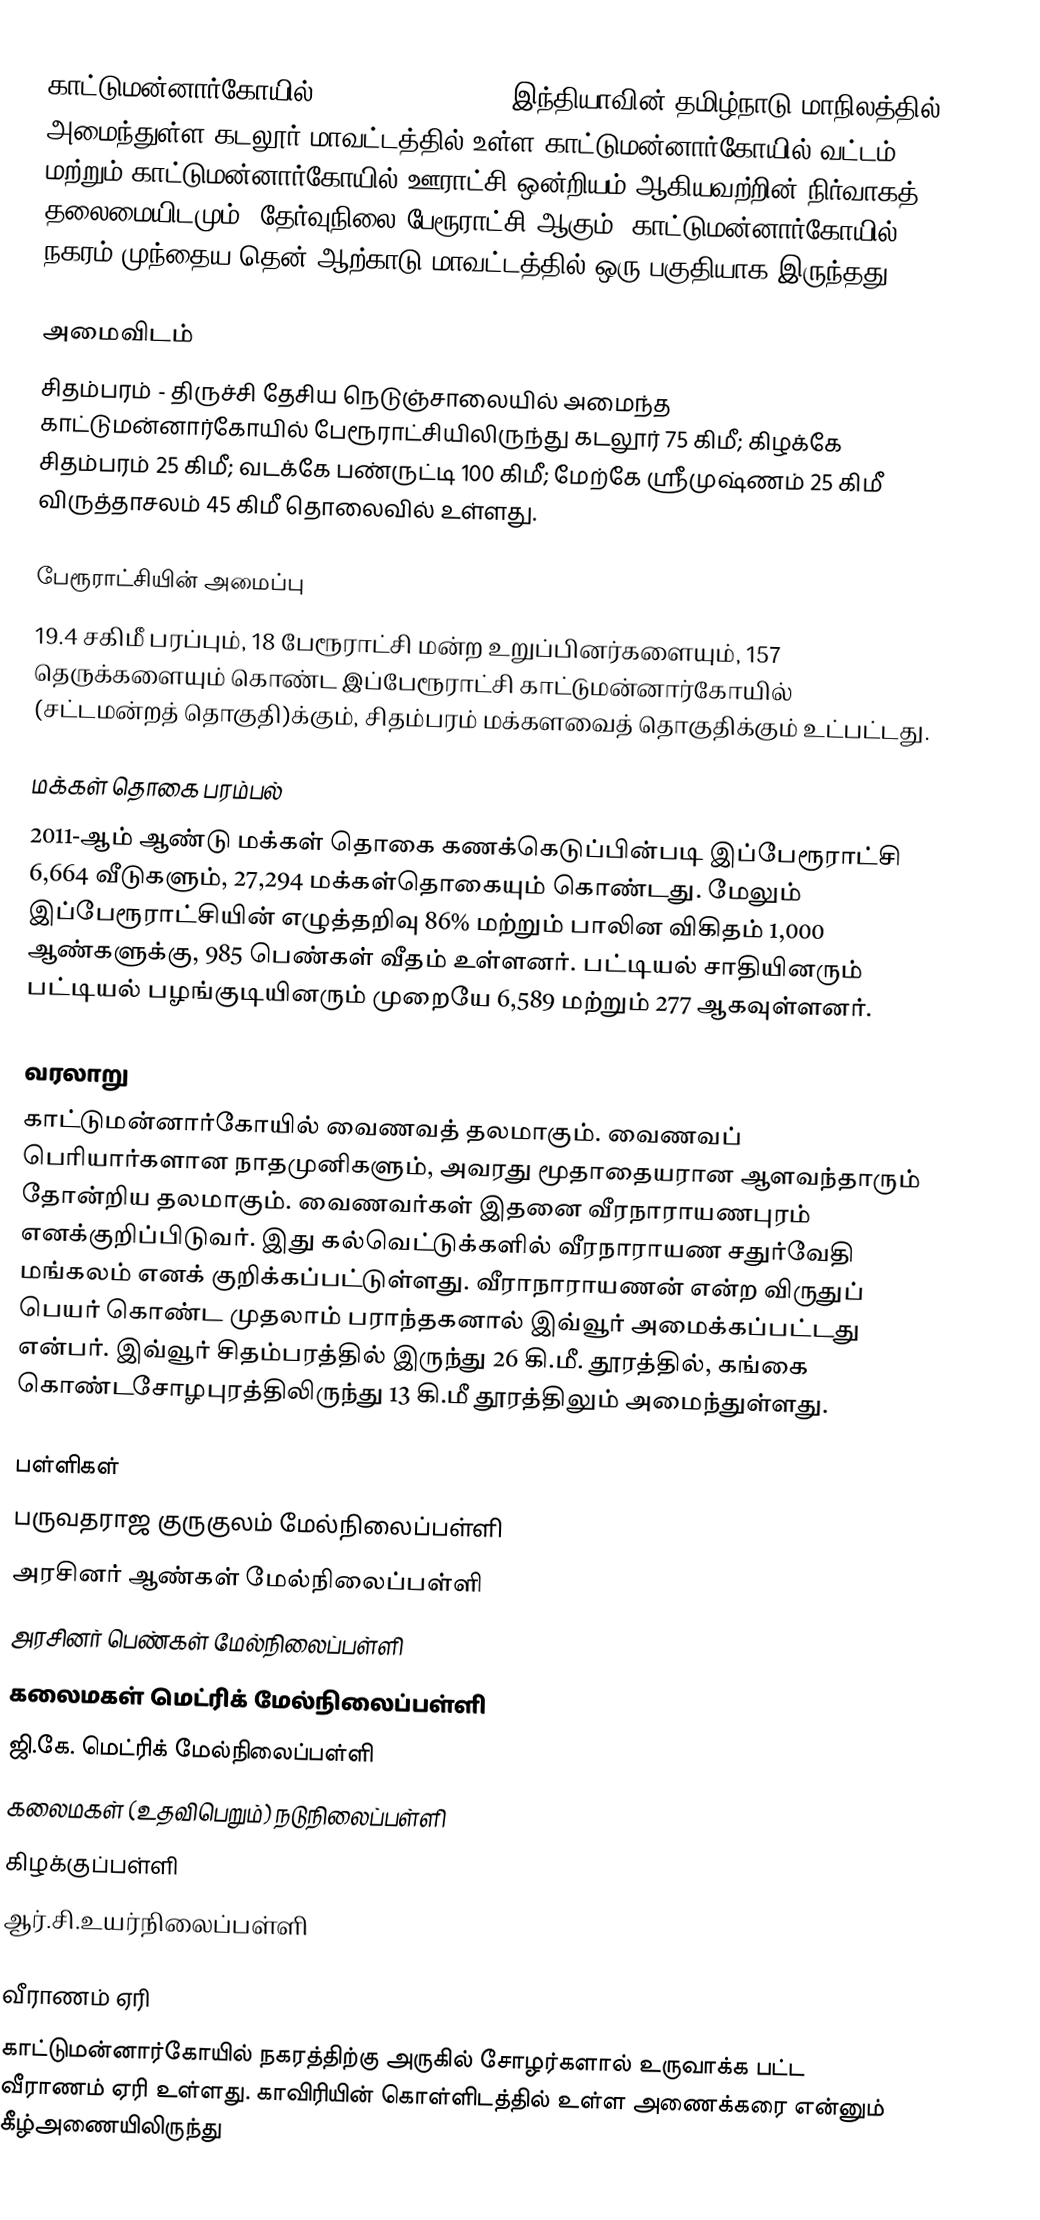
காட்டுமன்னார்கோயில் (Kattumannarkoil), இந்தியாவின் தமிழ்நாடு மாநிலத்தில் அமைந்துள்ள கடலூர் மாவட்டத்தில் உள்ள காட்டுமன்னார்கோயில் வட்டம் மற்றும் காட்டுமன்னார்கோயில் ஊராட்சி ஒன்றியம் ஆகியவற்றின் நிர்வாகத் தலைமையிடமும், தேர்வுநிலை பேரூராட்சி ஆகும். காட்டுமன்னார்கோயில் நகரம் முந்தைய தென் ஆற்காடு மாவட்டத்தில் ஒரு பகுதியாக இருந்தது.

அமைவிடம்
சிதம்பரம் - திருச்சி தேசிய நெடுஞ்சாலையில் அமைந்த காட்டுமன்னார்கோயில் பேரூராட்சியிலிருந்து கடலூர் 75 கிமீ;  கிழக்கே சிதம்பரம் 25 கிமீ; வடக்கே பண்ருட்டி 100 கிமீ; மேற்கே ஸ்ரீமுஷ்ணம் 25 கிமீ விருத்தாசலம் 45 கிமீ தொலைவில் உள்ளது.

பேரூராட்சியின் அமைப்பு
19.4 சகிமீ பரப்பும், 18  பேரூராட்சி மன்ற உறுப்பினர்களையும், 157 தெருக்களையும் கொண்ட  இப்பேரூராட்சி காட்டுமன்னார்கோயில் (சட்டமன்றத் தொகுதி)க்கும், சிதம்பரம் மக்களவைத் தொகுதிக்கும் உட்பட்டது.

மக்கள் தொகை பரம்பல்
2011-ஆம் ஆண்டு மக்கள் தொகை கணக்கெடுப்பின்படி   இப்பேரூராட்சி    6,664  வீடுகளும், 27,294 மக்கள்தொகையும் கொண்டது. மேலும் இப்பேரூராட்சியின் எழுத்தறிவு  86% மற்றும்  பாலின விகிதம் 1,000 ஆண்களுக்கு, 985 பெண்கள் வீதம் உள்ளனர். பட்டியல் சாதியினரும் பட்டியல் பழங்குடியினரும் முறையே  6,589 மற்றும் 277  ஆகவுள்ளனர்.

வரலாறு
காட்டுமன்னார்கோயில்  வைணவத் தலமாகும். வைணவப் பெரியார்களான நாதமுனிகளும், அவரது மூதாதையரான ஆளவந்தாரும் தோன்றிய தலமாகும். வைணவர்கள் இதனை வீரநாராயணபுரம் எனக்குறிப்பிடுவர். இது கல்வெட்டுக்களில் வீரநாராயண சதுர்வேதி மங்கலம் எனக் குறிக்கப்பட்டுள்ளது. வீராநாராயணன் என்ற விருதுப் பெயர் கொண்ட முதலாம் பராந்தகனால் இவ்வூர் அமைக்கப்பட்டது என்பர். இவ்வூர் சிதம்பரத்தில் இருந்து 26 கி.மீ. தூரத்தில், கங்கை கொண்டசோழபுரத்திலிருந்து 13 கி.மீ தூரத்திலும் அமைந்துள்ளது.

பள்ளிகள்
பருவதராஜ குருகுலம் மேல்நிலைப்பள்ளி
அரசினர் ஆண்கள் மேல்நிலைப்பள்ளி
அரசினர் பெண்கள் மேல்நிலைப்பள்ளி
கலைமகள் மெட்ரிக் மேல்நிலைப்பள்ளி
ஜி.கே. மெட்ரிக் மேல்நிலைப்பள்ளி
கலைமகள் (உதவிபெறும்) நடுநிலைப்பள்ளி
கிழக்குப்பள்ளி
ஆர்.சி.உயர்நிலைப்பள்ளி

வீராணம் ஏரி
காட்டுமன்னார்கோயில் நகரத்திற்கு அருகில் சோழர்களால் உருவாக்க பட்ட வீராணம் ஏரி உள்ளது. காவிரியின் கொள்ளிடத்தில் உள்ள அணைக்கரை என்னும் கீழ்அணையிலிருந்து